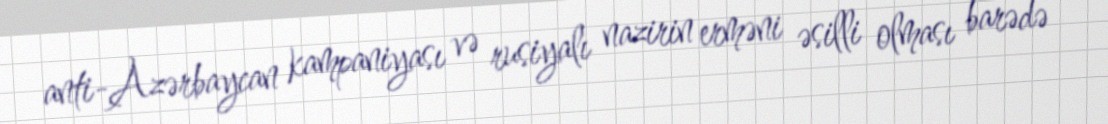
anti-Azərbaycan kampaniyası və rusiyalı nazirin erməni əsilli olması barədə